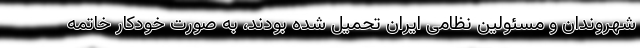
شهروندان و مسئولین نظامی ایران تحمیل شده بودند، به صورت خودکار خاتمه